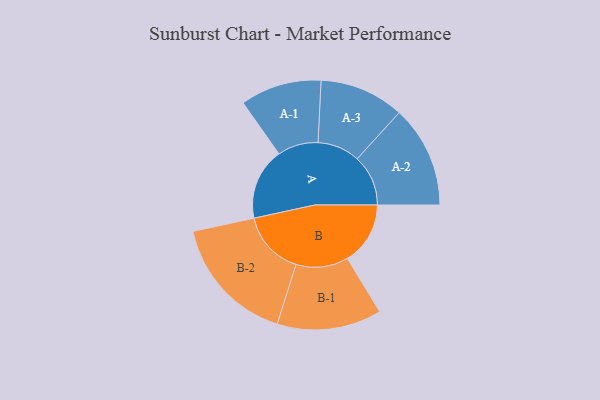
{"axis": {"x": "Segment", "y": "Value"}, "legend": ["", "A", "B"], "data": [{"x": "A", "y": 332, "type": ""}, {"x": "B", "y": 291, "type": ""}, {"x": "A-1", "y": 188, "type": "A"}, {"x": "A-2", "y": 236, "type": "A"}, {"x": "A-3", "y": 196, "type": "A"}, {"x": "B-1", "y": 242, "type": "B"}, {"x": "B-2", "y": 298, "type": "B"}]}